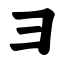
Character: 彐